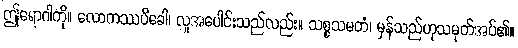
ဤရောဂါကို။ လောကဿပိခေါ၊ လူအပေါင်းသည်လည်း။ သစ္စသမတံ၊ မှန်သည်ဟုသမုတ်အပ်၏။